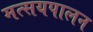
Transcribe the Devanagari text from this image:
मत्सयपालन